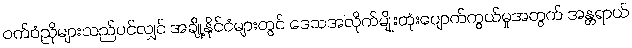
ဝက်ဝံညိုများသည်ပင်လျှင် အချို့နိုင်ငံများတွင် ဒေသအလိုက်မျိုးတုံးပျောက်ကွယ်မှုအတွက် အန္တရာယ်